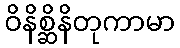
ဝိနိစ္ဆိနိတုကာမာ